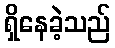
ရှိနေခဲ့သည်